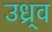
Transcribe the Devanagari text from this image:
उध्र्व